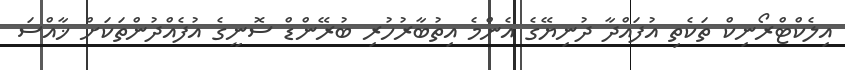
އިލެކްޓްރޯނިކް ތަކެތި އުފައްދާ ދުނިޔޭގެ އެންމެ އިތުބާރުހުރި ބުރޭންޑް ސޮނީގެ އުފެއްދުންތަކަށް ޚާއްސަ